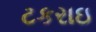
ટકરાઇ